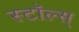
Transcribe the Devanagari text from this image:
स्टॉल्स्